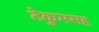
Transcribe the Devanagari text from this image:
टेकुमसह